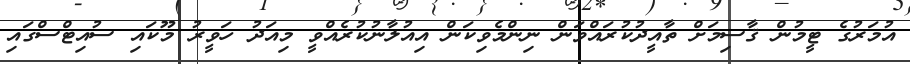
އުމަރުގެ ޓީމުން ޤާސިމަށް ތާއީދުކުރައްވަން ނިންމެވިކަން އިއުލާނުކުރެއްވީ މިއަދު ހަވީރު މޫކައި ސުއިޓްސްގައި